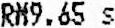
RM9.65 S